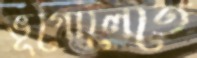
ভূগোলেতে